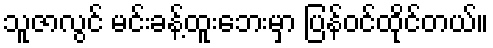
သူဇာလွင် မင်းခန့်ထူးဘေးမှာ ပြန်ဝင်ထိုင်တယ်။